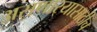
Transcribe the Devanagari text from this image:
असणार्‍यासाठीच